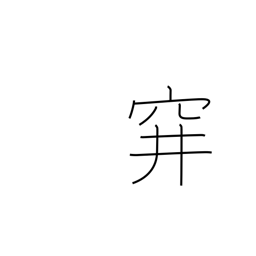
Meaning: sunken trap